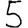
Digit: 5